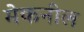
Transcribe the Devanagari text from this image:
मेकनील